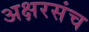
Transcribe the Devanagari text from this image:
अक्षरसंच